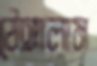
ঠেঙ্গালাম